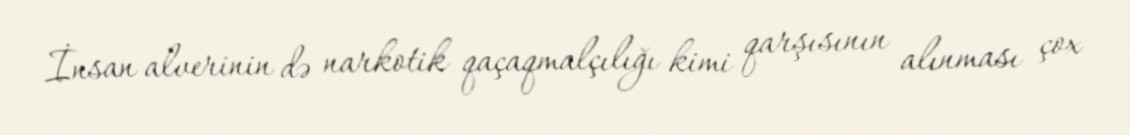
İnsan alverinin də narkotik qaçaqmalçılığı kimi qarşısının alınması çox